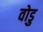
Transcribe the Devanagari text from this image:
वोडु